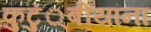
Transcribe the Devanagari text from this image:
कुटुं्बीयांना